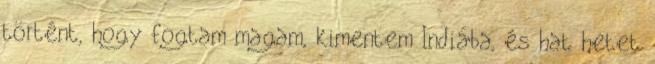
történt, hogy fogtam magam, kimentem Indiába, és hat hetet